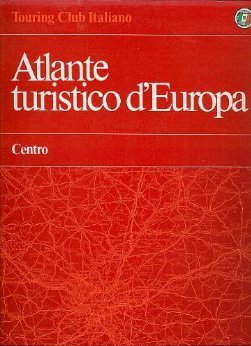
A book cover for Atlante Turistico d'Europa: Centro (Austria, Belgio, Cecoslovacchia, Francia, Liechtenstein, Lussemburgo, Monaco, Paesi Bassi, Polonia, Repubblica Democratica Tedesca, Repubblica Federale di Germania, Swizzera, Ungheria) (Italian Edition); Touring Club Italiano; Travel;